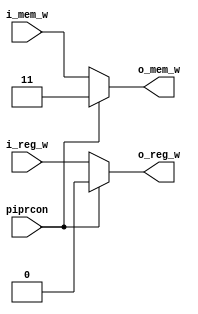

// Special Mux to support hazard detection unit

module splmux(i_reg_w, i_mem_w, piprcon, o_reg_w, o_mem_w);

	input i_reg_w, piprcon;
	input [1:0] i_mem_w;
	output reg o_reg_w;
	output reg [1:0] o_mem_w;

	always @ (*) begin

		if (piprcon) begin
			o_reg_w <= 0;
			o_mem_w <= 2'b11;

			end

		else begin

			o_reg_w <= i_reg_w;
			o_mem_w <= i_mem_w;
		end

	end

endmodule